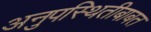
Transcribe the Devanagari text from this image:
अनुपस्थितीबाबत